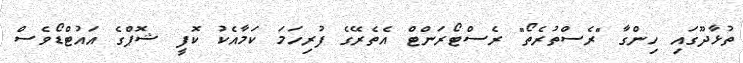
ތުޅާދޫގައި ހިންގާ "ރެސްތުރެތޯ" ރެސްޓޯރަންޓް އެތެރޭގެ ފުރިހަމަ ކަމާއެކު ކޮފީ ޝޮޕްގެ އައުޓްޑޯވެސް